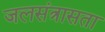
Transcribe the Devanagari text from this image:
जलसंत्रासता